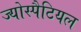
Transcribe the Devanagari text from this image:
ज्योस्पैटियल